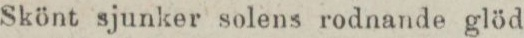
Skönt sjunker solens rodnande glöd